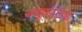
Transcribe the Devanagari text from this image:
न्यूफाउंड